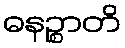
ဓနဉ္စာတိ